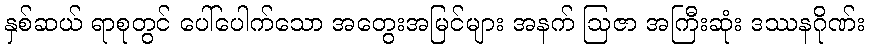
နှစ်ဆယ် ရာစုတွင် ပေါ်ပေါက်သော အတွေးအမြင်များ အနက် ဩဇာ အကြီးဆုံး ဒဿနဂိုဏ်း